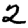
Digit: 2